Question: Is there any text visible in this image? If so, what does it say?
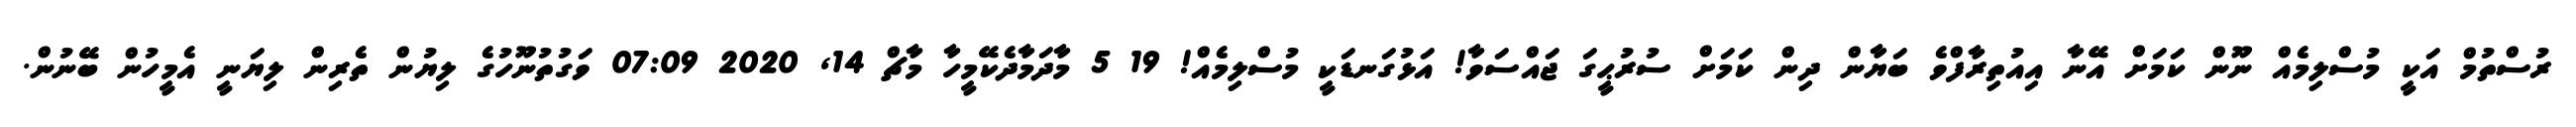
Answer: ރުސްތުމް އަކީ މުސްލިމެއް ނޫން ކަމަށް އޭނާ އިއުތިރާފްވެ ބަޔާން ދިން ކަމަށް ސުރުޙީގަ ޖައްސަވާ! އަޅުގަނޑަކީ މުސްލިމެއް! 19 5 މާދަމާދެކޭމީހާ މާޗް 14, 2020 07:09 ވަގުތުނޫހުގެ ލިޔުން ތެރިން ލިޔަނީ އެމީހުން ބޭނުން.